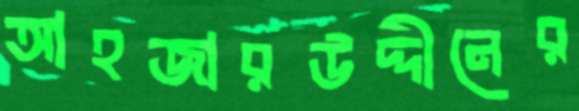
আহজারউদ্দীনের